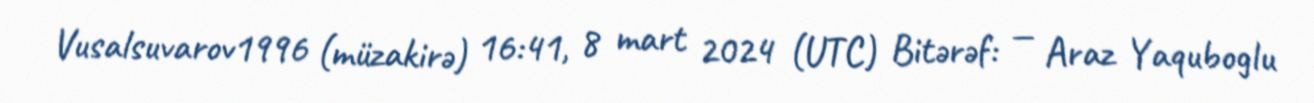
Vusalsuvarov1996 (müzakirə) 16:41, 8 mart 2024 (UTC) Bitərəf: — Araz Yaquboglu